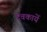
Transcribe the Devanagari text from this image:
देवकार्ये